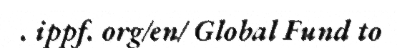
. ippf. org/en/ Global Fund to